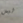
ليس